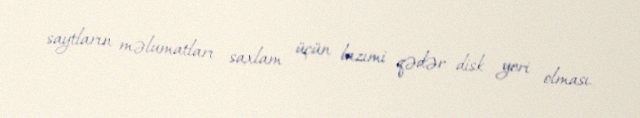
saytların məlumatları saxlam üçün lazımi qədər disk yeri olması.